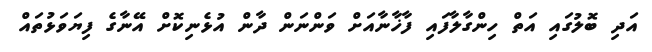
އަދި ބޮލުގައި އަތް ހިންގާލާފައި ފާޚާނާއަށް ވަންނަން ދާން އުޅެނިކޮށް އޭނާގެ ފިޔަވަޅުތައް